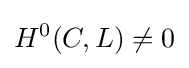
H^{0}(C,L)\neq 0